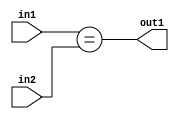
`timescale 1ps / 1ps
/*****************************************************************************
    Verilog RTL Description
    
    
    Created by: Stratus DpOpt 21.05.01 
*******************************************************************************/

module SobelFilter_Equal_6Ux3U_1U_1 (
	in2,
	in1,
	out1
	); /* architecture "behavioural" */ 
input [5:0] in2;
input [2:0] in1;
output  out1;
wire  asc001;

assign asc001 = (in1==in2);

assign out1 = asc001;
endmodule

/* CADENCE  ubDwTg0= : u9/ySxbfrwZIxEzHVQQV8Q== ** DO NOT EDIT THIS LINE ******/